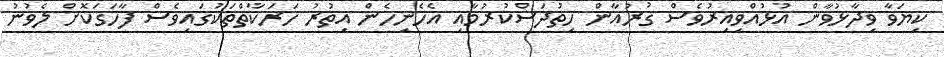
ކިޔަވާ ވިދާޅުވާން އުޅުއްވިއިރުވެސް ޤުރުއާން ހިތުދަސްކުރުމާއި އެހެނިހެން އިތުރު ހަރަކާތްތަކުގައިވެސް ފާހަގަކޮށް ލެވުނު